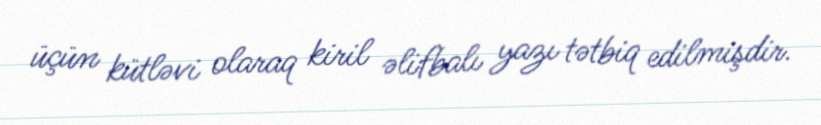
üçün kütləvi olaraq kiril əlifbalı yazı tətbiq edilmişdir.